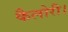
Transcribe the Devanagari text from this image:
कैलोरी।